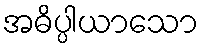
အဓိပ္ပါယာသော